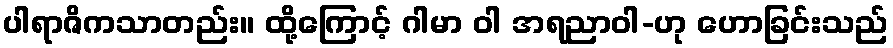
ပါရာဇိကသာတည်း။ ထို့ကြောင့် ဂါမာ ဝါ အရညာဝါ-ဟု ဟောခြင်းသည်